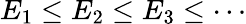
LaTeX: E_{1}\leq E_{2}\leq E_{3}\leq\cdots